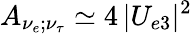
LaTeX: A_{\nu_{e};\nu_{\tau}}\simeq 4\, |U_{e3}|^{2}